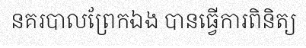
នគរបាលព្រែកឯង បានធ្វើការពិនិត្យ